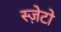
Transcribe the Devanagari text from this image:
स्ज़ेटो